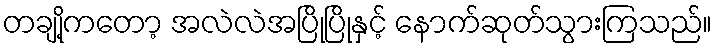
တချို့ကတော့ အလဲလဲအပြိုပြိုနှင့် နောက်ဆုတ်သွားကြသည်။